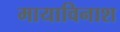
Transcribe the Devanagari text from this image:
मायाविनाश